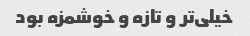
خیلی‌تر و تازه و خوشمزه بود